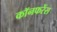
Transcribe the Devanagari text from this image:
कॉनफरेंस